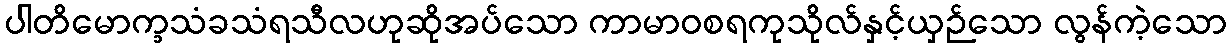
ပါတိမောက္ခသံခသံရသီလဟုဆိုအပ်သော ကာမာဝစရကုသိုလ်နှင့်ယှဉ်သော လွန်ကဲ့သော